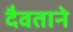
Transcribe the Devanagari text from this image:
दैवताने